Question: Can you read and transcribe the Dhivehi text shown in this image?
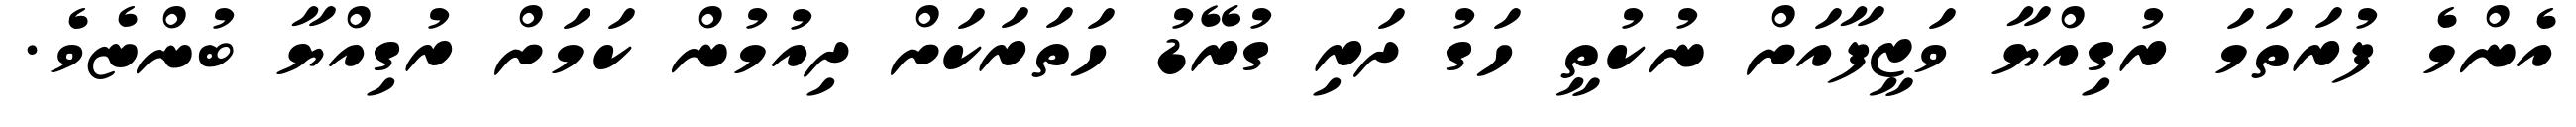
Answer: އެންމެ ފުރަތަމަ ރުގިއްޔާ ވަޒީފާއަށް ނުކުތީ ހަގު ދަރި ގުރޭޑު ހަތަރަކަށް ދިއުމުން ކަމަށް ރުގިއްޔާ ބުންޏެވެ.